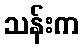
သန်းက